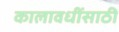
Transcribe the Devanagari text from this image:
कालावधींसाठी